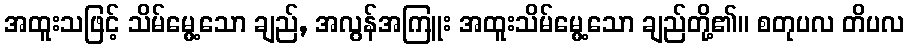
အထူးသဖြင့် သိမ်မွေ့သော ချည်, အလွန်အကြူး အထူးသိမ်မွေ့သော ချည်တို့၏။ စတုပလ တိပလ